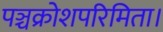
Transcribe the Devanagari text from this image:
पञ्चक्रोशपरिमिता।